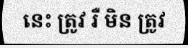
នេះ ត្រូវ រឺ មិន ត្រូវ